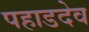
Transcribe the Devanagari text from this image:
पहाडदेव